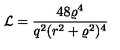
{ \cal L } = \frac { 4 8 \varrho ^ { 4 } } { q ^ { 2 } ( r ^ { 2 } + \varrho ^ { 2 } ) ^ { 4 } }